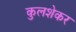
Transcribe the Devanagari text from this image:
कुलशेकर